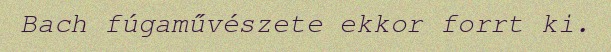
Bach fúgaművészete ekkor forrt ki.